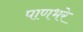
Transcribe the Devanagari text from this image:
पाणभरे